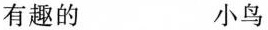
有趣的 小鸟